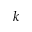
k